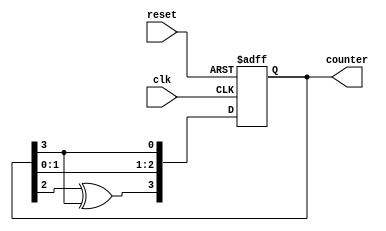
module johnson_counter (
    input  wire clk,
    input  wire reset,
    output reg [3:0] counter
);

reg [3:0] next_counter;

always @(posedge clk or posedge reset) begin
    if (reset) begin
        counter <= 4'b0000;
    end else begin
        counter <= next_counter;
    end
end

always @(*) begin
    next_counter[0] = counter[3];
    next_counter[1] = counter[0];
    next_counter[2] = counter[1];
    next_counter[3] = counter[2] ^ counter[3];
end

endmodule